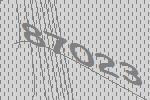
87023